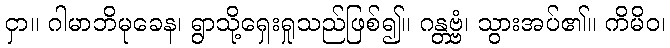
ငှာ။ ဂါမာဘိမုခေန၊ ရွာသို့ရှေးရှုသည်ဖြစ်၍။ ဂန္တဗ္ဗံ၊ သွားအပ်၏။ ကိမိဝ၊